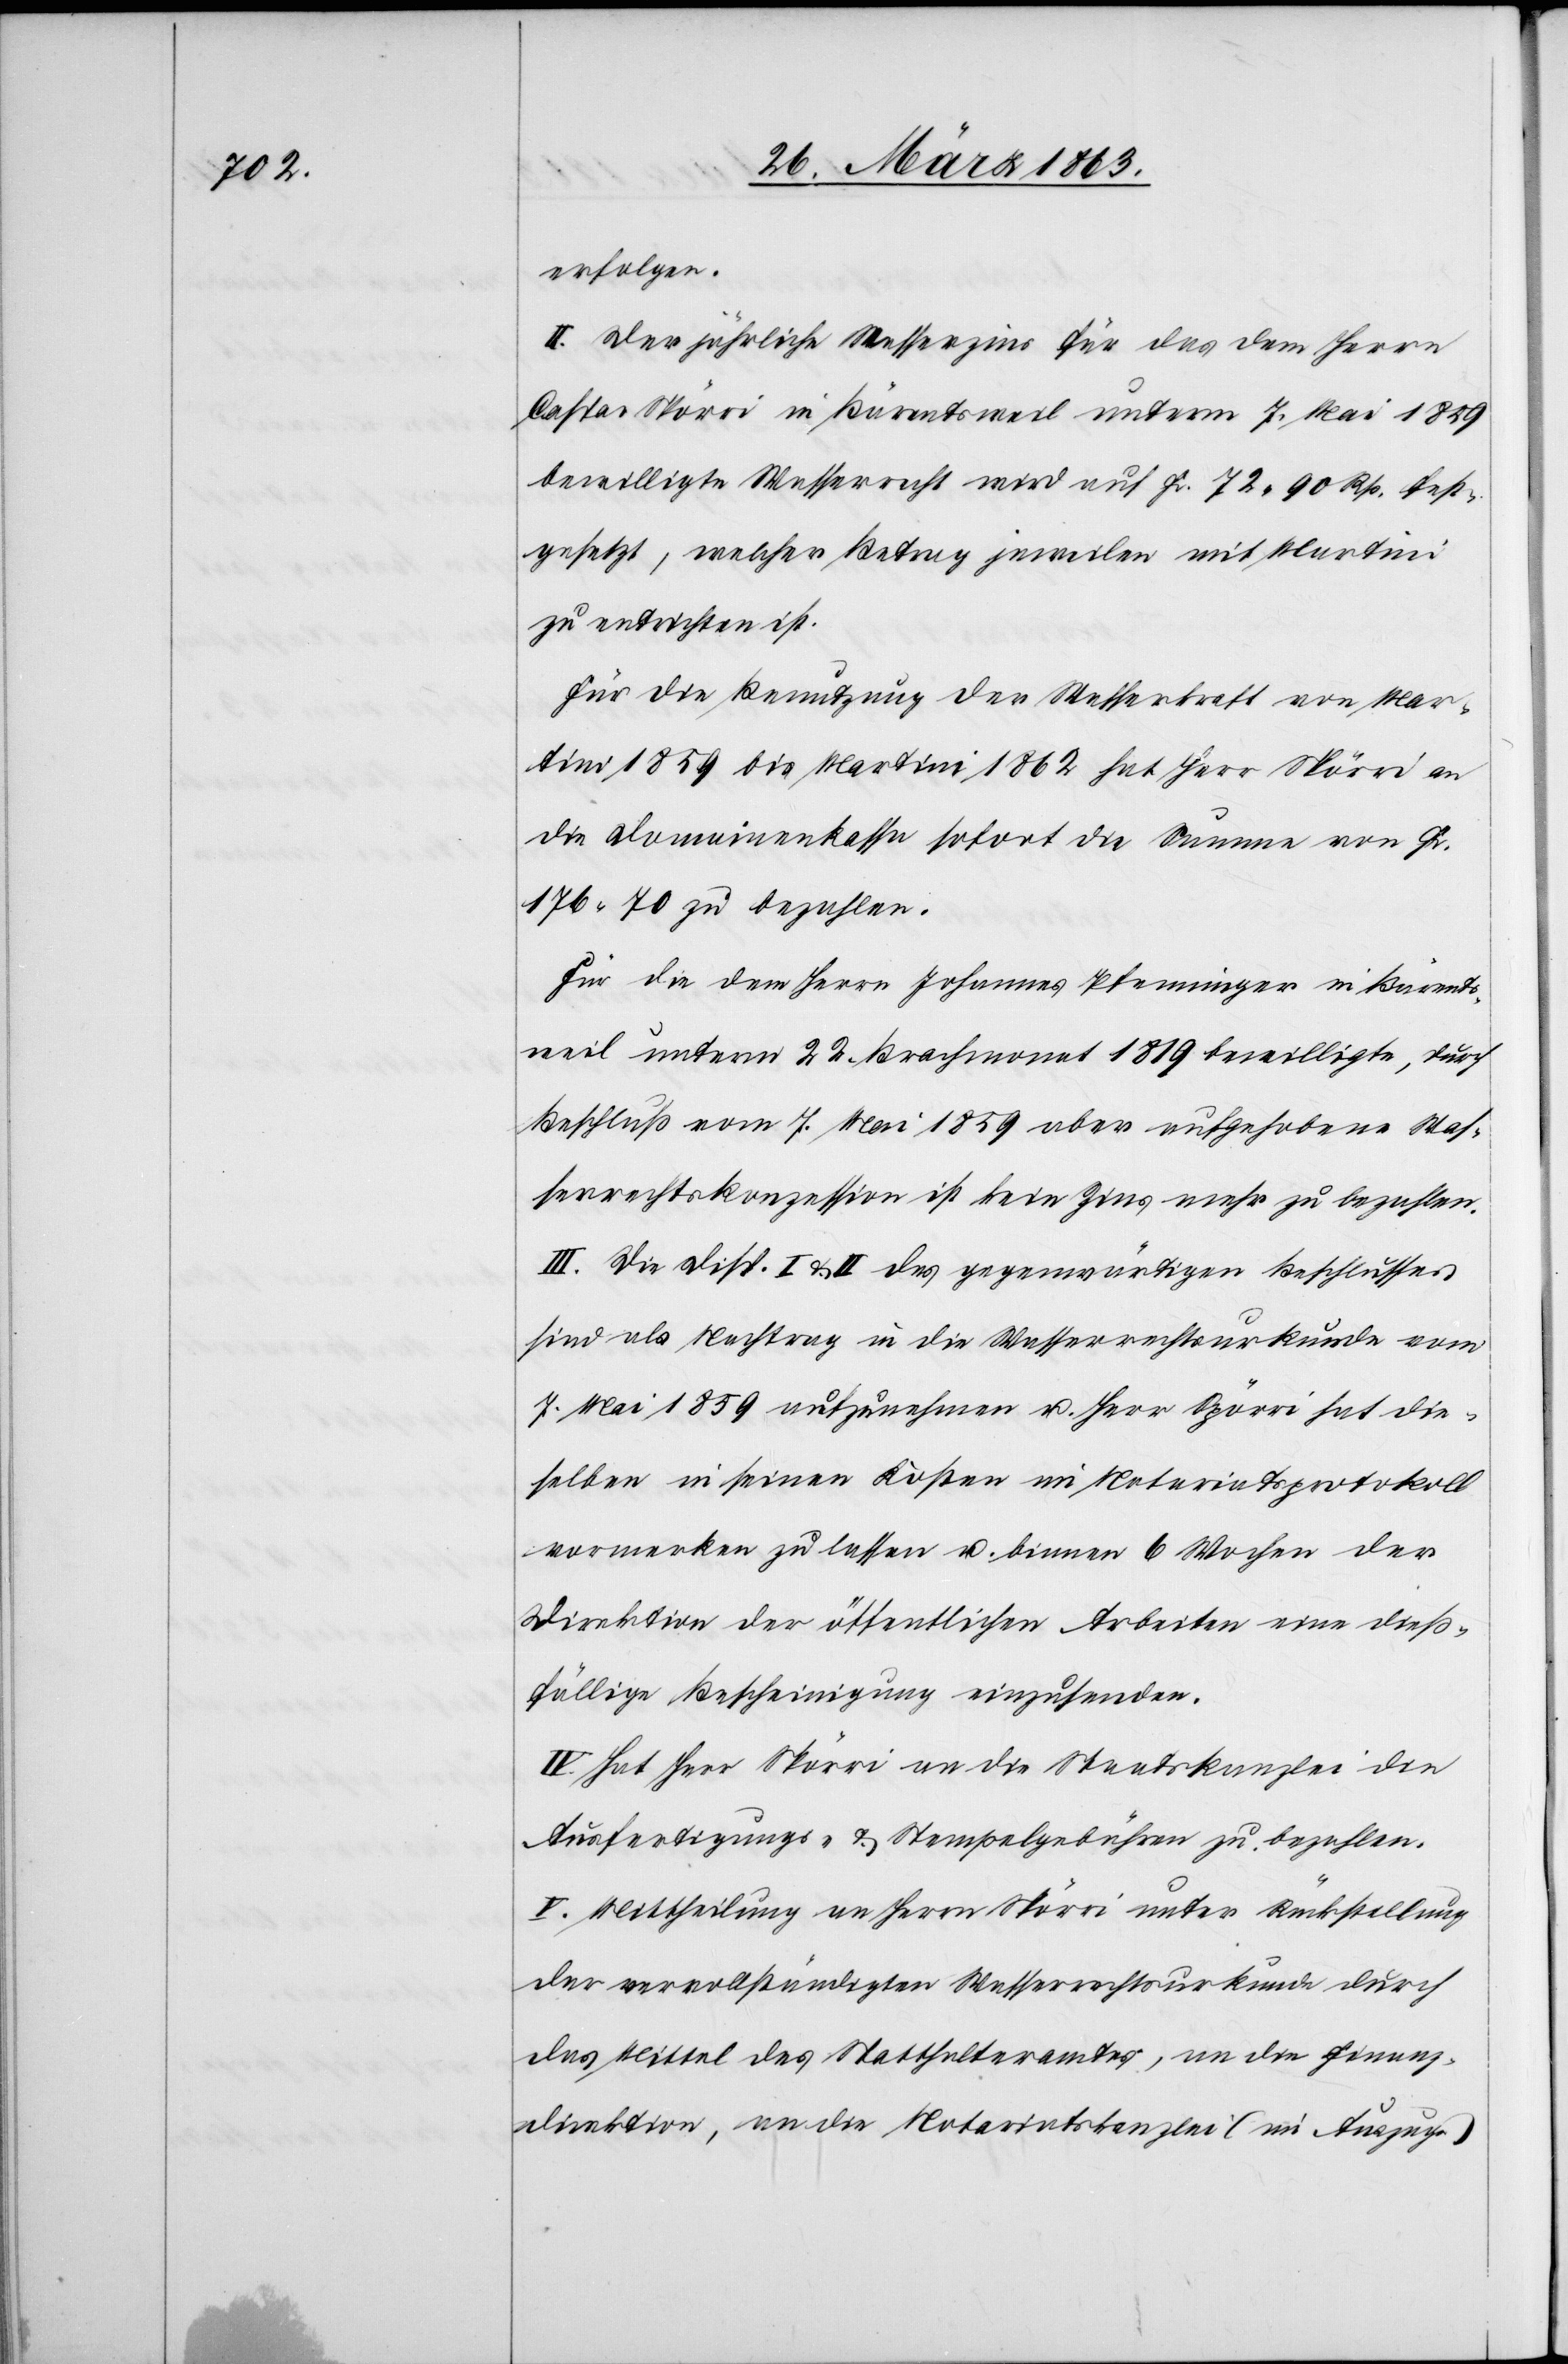
erfolgen.
II. Der jährliche Wasserzins für das dem Herrn
Caspar Spörri in Bärentsweil unterm 7. Mai 1859
bewilligte Wasserrecht wird auf Fr. 72. 90 Rp. fest¬
gesetzt, welcher Betrag jeweilen mit Martini
zu entrichten ist.
Für die Benutzung der Wasserkraft von Mar¬
tini 1859 bis Martini 1862 hat Herr Spörri an
die Domainenkasse sofort die Summe von Fr.
176. 70 zu bezahlen.
Für die dem Herrn Johannes Pfenninger in Bärents¬
weil unterm 22. Brachmonat 1819 bewilligte, durch
Beschluß vom 7. Mai 1859 aber aufgehobene Was¬
serrechtskonzession ist kein Zins mehr zu bezahlen.
III. Die Disp. I & II des gegenwärtigen Beschlusses
sind als Nachtrag in die Wasserrechtsurkunde vom
7. Mai 1859 aufzunehmen u. Herr Spörri hat die¬
selben in seinen Kosten im Notariatsprotokoll
vormerken zu lassen u. binnen 6 Wochen der
Direktion der öffentlichen Arbeiten eine dieß¬
fällige Bescheinigung einzusenden.
IV. Hat Herr Spörri an die Staatskanzlei die
Ausfertigungs- & Stempelgebühren zu bezahlen.
V. Mittheilung an Herrn Spörri unter Rückstellung
der vervollständigten Wasserrechtsurkunde durch
das Mittel des Statthalteramtes, an die Finanz¬
direktion, an die Notariatskanzlei (im Auszuge)